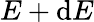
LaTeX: E+\mathrm{d}E